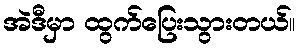
အဲဒီမှာ ထွက်ပြေးသွားတယ်။